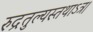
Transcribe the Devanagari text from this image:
रुद्रतुल्यस्तथाऽत्र।